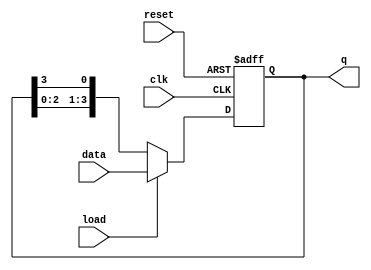
module LoadableRingCounter #(
    parameter N = 4  // Define the number of bits in the counter
)(
    input wire clk,            // Clock signal
    input wire reset,          // Asynchronous reset signal
    input wire load,           // Load control signal
    input wire [N-1:0] data,   // Input data bus for loading the counter
    output reg [N-1:0] q       // Output representing the current state of the counter
);

    // Internal signal to hold the next state
    reg [N-1:0] next_q;

    always @(posedge clk or posedge reset) begin
        if (reset) begin
            // On reset, initialize the counter to a default state (e.g., 1 at LSB)
            q <= 1'b1; // or q <= {N-1{1'b0}, 1'b1}; for a specific starting position
        end else if (load) begin
            // Load the new value into the counter
            q <= data;
        end else begin
            // Normal operation: shift the '1' in a circular manner
            next_q = {q[N-2:0], q[N-1]}; // Shift left and wrap around
            q <= next_q;
        end
    end

endmodule